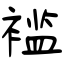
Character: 褴